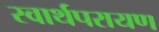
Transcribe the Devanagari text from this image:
स्वार्थपरायण